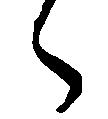
々